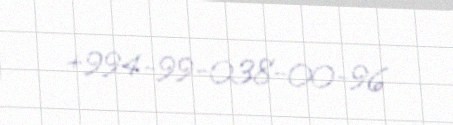
+994-99-038-00-96